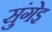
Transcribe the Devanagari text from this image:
सुंगेइ